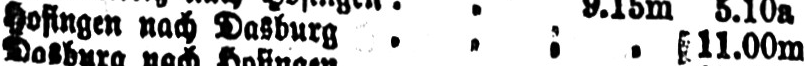
11.00m